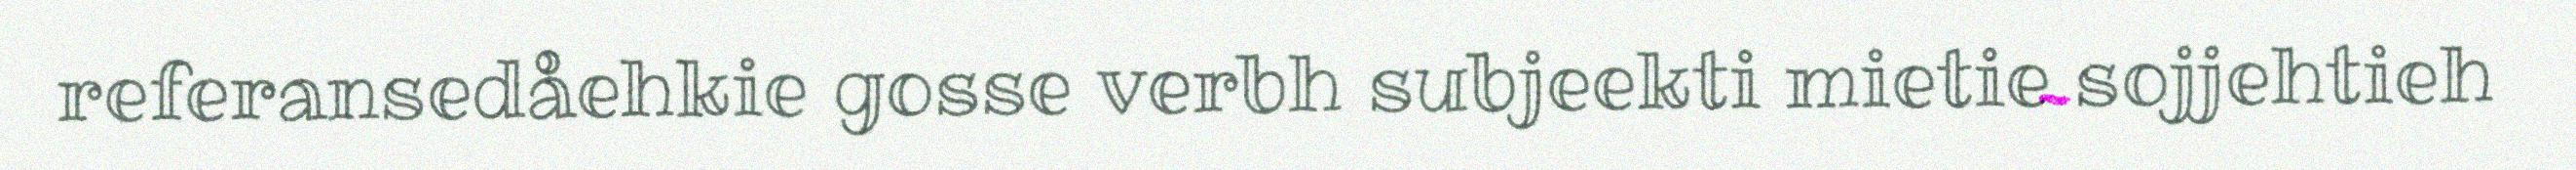
referansedåehkie gosse verbh subjeekti mietie sojjehtieh